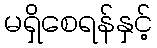
မရှိစေရန်နှင့်